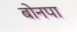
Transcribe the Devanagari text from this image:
बोनपा